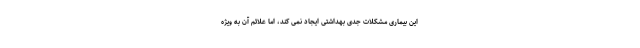
این بیماری مشکلات جدی بهداشتی ایجاد نمی کند، اما علائم آن به ویژه